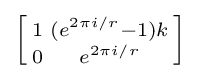
\left[{\begin{smallmatrix}1&(e^{2\pi i/r}-1)k\\0&e^{2\pi i/r}\\\end{smallmatrix}}\right]